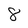
Character: 8